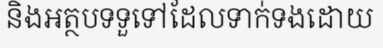
និងអត្ថបទទួទៅដែលទាក់ទងដោយ